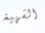
الشهية